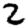
Digit: 2